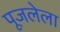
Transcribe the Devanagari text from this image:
पूजलेला